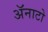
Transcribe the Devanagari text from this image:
ॲनाटो